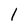
Character: I